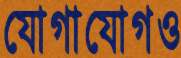
যোগাযোগও